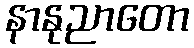
နာနုညာတော